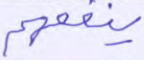
ينفعهم